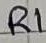
Text: R1